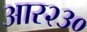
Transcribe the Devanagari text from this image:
आर२३०